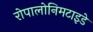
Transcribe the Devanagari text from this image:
रोपालोनिमटाइडे